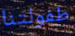
طفولتنا